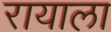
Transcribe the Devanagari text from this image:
रायाला